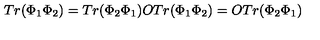
T r ( \Phi _ { 1 } \Phi _ { 2 } ) = T r ( \Phi _ { 2 } \Phi _ { 1 } ) O T r ( \Phi _ { 1 } \Phi _ { 2 } ) = O T r ( \Phi _ { 2 } \Phi _ { 1 } )